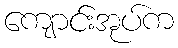
ကျောင်းအုပ်က